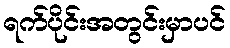
ရက်ပိုင်းအတွင်းမှာပင်